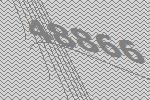
48866